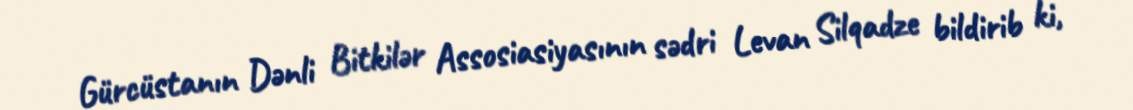
Gürcüstanın Dənli Bitkilər Assosiasiyasının sədri Levan Silqadze bildirib ki,